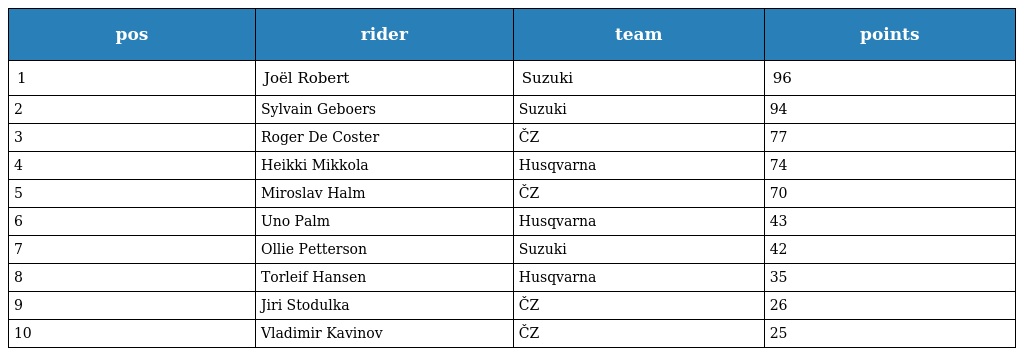
| pos | rider | team | points |
 | --- | --- | --- | --- |
 | 1 | Joël Robert | Suzuki | 96 |
 | 2 | Sylvain Geboers | Suzuki | 94 |
 | 3 | Roger De Coster | ČZ | 77 |
 | 4 | Heikki Mikkola | Husqvarna | 74 |
 | 5 | Miroslav Halm | ČZ | 70 |
 | 6 | Uno Palm | Husqvarna | 43 |
 | 7 | Ollie Petterson | Suzuki | 42 |
 | 8 | Torleif Hansen | Husqvarna | 35 |
 | 9 | Jiri Stodulka | ČZ | 26 |
 | 10 | Vladimir Kavinov | ČZ | 25 |